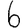
Digit: 6